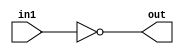
module not_32b(out, in1);
	input [31:0] in1;
	output [31:0] out;
	assign {out} = ~in1;
endmodule